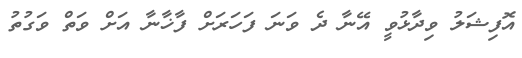
އޮފިޝަލު ވިދާޅުވީ އޭނާ ދެ ވަނަ ފަހަރަށް ފާޚާނާ އަށް ވަތް ވަގުތު